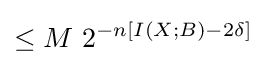
\leq M\ 2^{-n\left[I\left(X;B\right)-2\delta \right]}